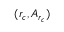
( r _ { c } , A _ { r _ { c } } )